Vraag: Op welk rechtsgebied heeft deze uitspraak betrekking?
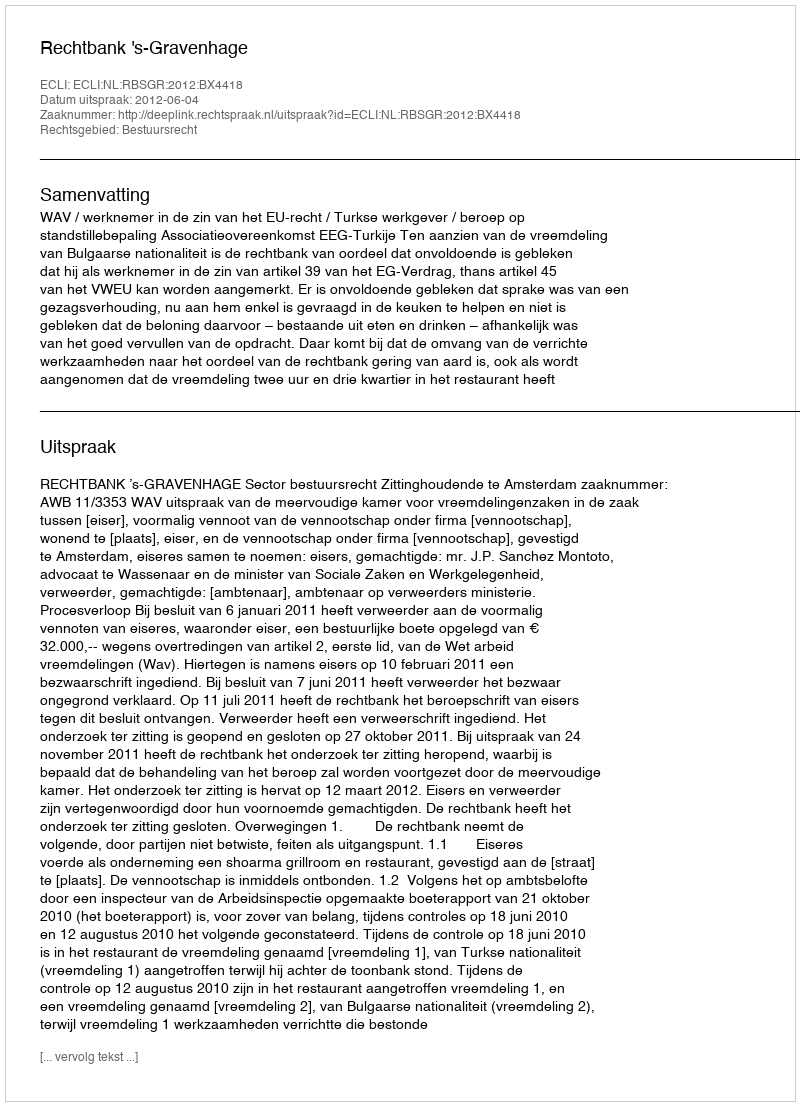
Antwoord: Bestuursrecht